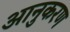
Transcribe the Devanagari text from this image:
आनुकरण